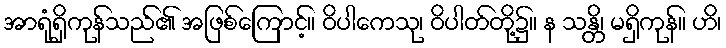
အာရုံရှိကုန်သည်၏ အဖြစ်ကြောင့်။ ဝိပါကေသု၊ ဝိပါတ်တို့၌။ န သန္တိ၊ မရှိကုန်။ ဟိ၊